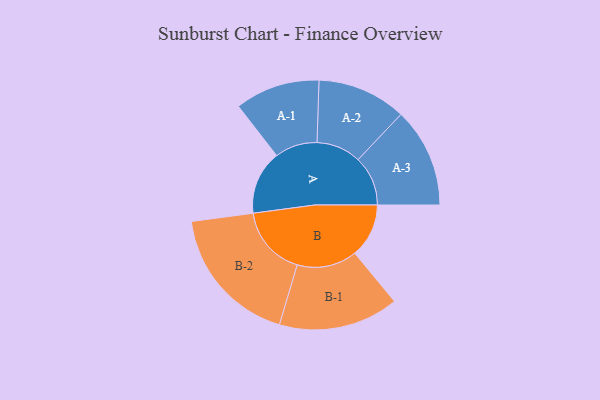
{"axis": {"x": "Segment", "y": "Value"}, "legend": ["", "A", "B"], "data": [{"x": "A", "y": 244, "type": ""}, {"x": "B", "y": 206, "type": ""}, {"x": "A-1", "y": 162, "type": "A"}, {"x": "A-2", "y": 170, "type": "A"}, {"x": "A-3", "y": 190, "type": "A"}, {"x": "B-1", "y": 229, "type": "B"}, {"x": "B-2", "y": 269, "type": "B"}]}